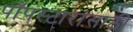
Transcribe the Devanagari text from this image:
पॉपस्टारांसाठी